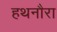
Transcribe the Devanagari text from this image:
हथनौरा